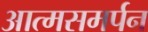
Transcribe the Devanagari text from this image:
आत्मसमर्पन